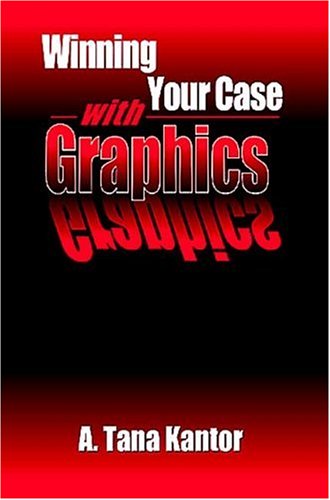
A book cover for Winning Your Case With Graphics; A. Tana Kantor; Law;